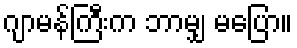
ဂျာမန်ကြီးက ဘာမျှ မပြော။